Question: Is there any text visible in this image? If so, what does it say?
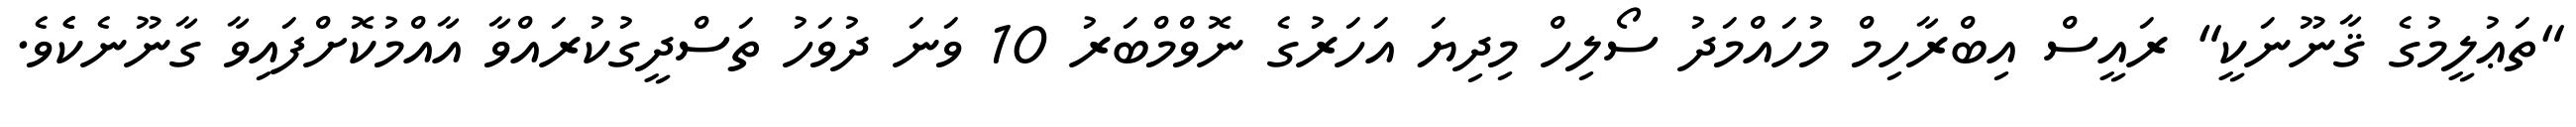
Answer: "ތަޢުލީމުގެ ޤާނޫނަކީ" ރައީސް އިބްރާހިމް މުހައްމަދު ސޯލިހް މިދިޔަ އަހަރުގެ ނޮވްމްބަރު 10 ވަނަ ދުވަހު ތަސްދީގުކުރައްވާ އާއްމުކޮށްފައިވާ ގާނޫނެކެެވެ.